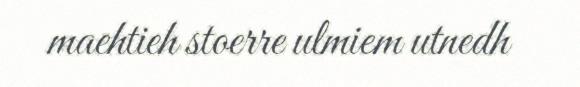
maehtieh stoerre ulmiem utnedh